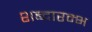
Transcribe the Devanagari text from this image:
शब्दारम्भ